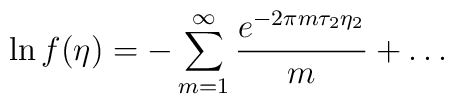
\ln f(\eta)=-\sum_{m=1}^{\infty}{{e^{-2\pi m\tau_2\eta_2}}\over{m}}+\dots